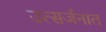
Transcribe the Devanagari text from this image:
उत्सर्जनात